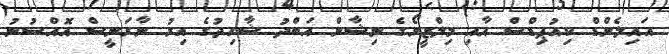
އައިލެންޑް ކިއުޕިޑްސް އާއި މިލްޒީރޯގެ ނިޝާން އަބްދު ޝާހިދުގެ އިރު ނާރަނީސް އޮއްސުނު